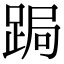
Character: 跼